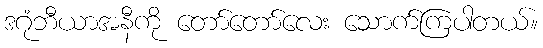
ဒဂုံဘီယာအနီကို တော်တော်လေး သောက်ကြပါတယ်။